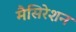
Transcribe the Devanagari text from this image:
मैसिरेशन